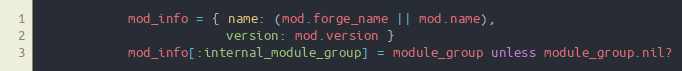
Language: Ruby
            mod_info = { name: (mod.forge_name || mod.name),
                         version: mod.version }
            mod_info[:internal_module_group] = module_group unless module_group.nil?